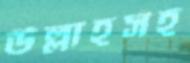
উল্লাহসহ